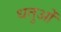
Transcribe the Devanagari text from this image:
धतुओं